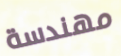
مهندسة